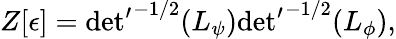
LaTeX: Z[\epsilon]={{\operatorname*{det}}^{\prime}}^{-1/2}(L_{\psi}){{\operatorname*{det}}^{\prime}}^{-1/2}(L_{\phi}),